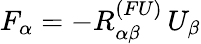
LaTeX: F_{\alpha}=-R_{\alpha\beta}^{(FU)}\, U_{\beta}